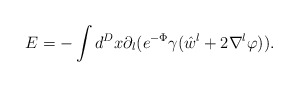
\begin{align*}E=-\int d^D x \partial_l (e^{-\Phi} \gamma( \hat{w}^l +2\nabla^l \varphi)).\end{align*}